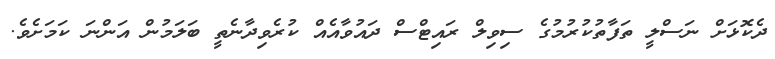
ދެކޮޅަށް ނަސްލީ ތަފާތުކުރުމުގެ ސިވިލް ރައިޓްސް ދައުވާއެއް ކުރެވިދާނެތީ ބަލަމުން އަންނަ ކަމަށެވެ.